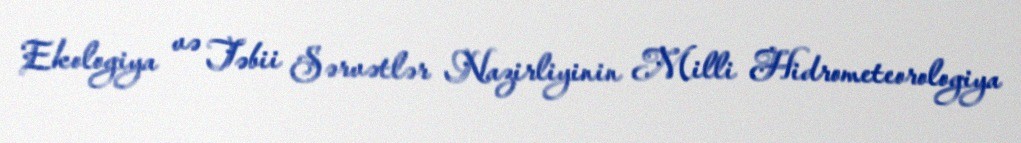
Ekologiya və Təbii Sərvətlər Nazirliyinin Milli Hidrometeorologiya